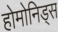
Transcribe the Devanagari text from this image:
होमोनिड्स